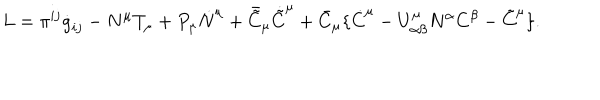
L = \pi ^ { i j } \dot { g } _ { i j } - N ^ { \mu } T _ { \mu } + P _ { \mu } \dot { N } ^ { \mu } + \bar { \tilde { C } } _ { \mu } \dot { \tilde { C } } ^ { \mu } + \bar { C } _ { \mu } \{ \dot { C } ^ { \mu } - U _ { \alpha \beta } ^ { \mu } N ^ { \alpha } C ^ { \beta } - \tilde { C } ^ { \mu } \} .